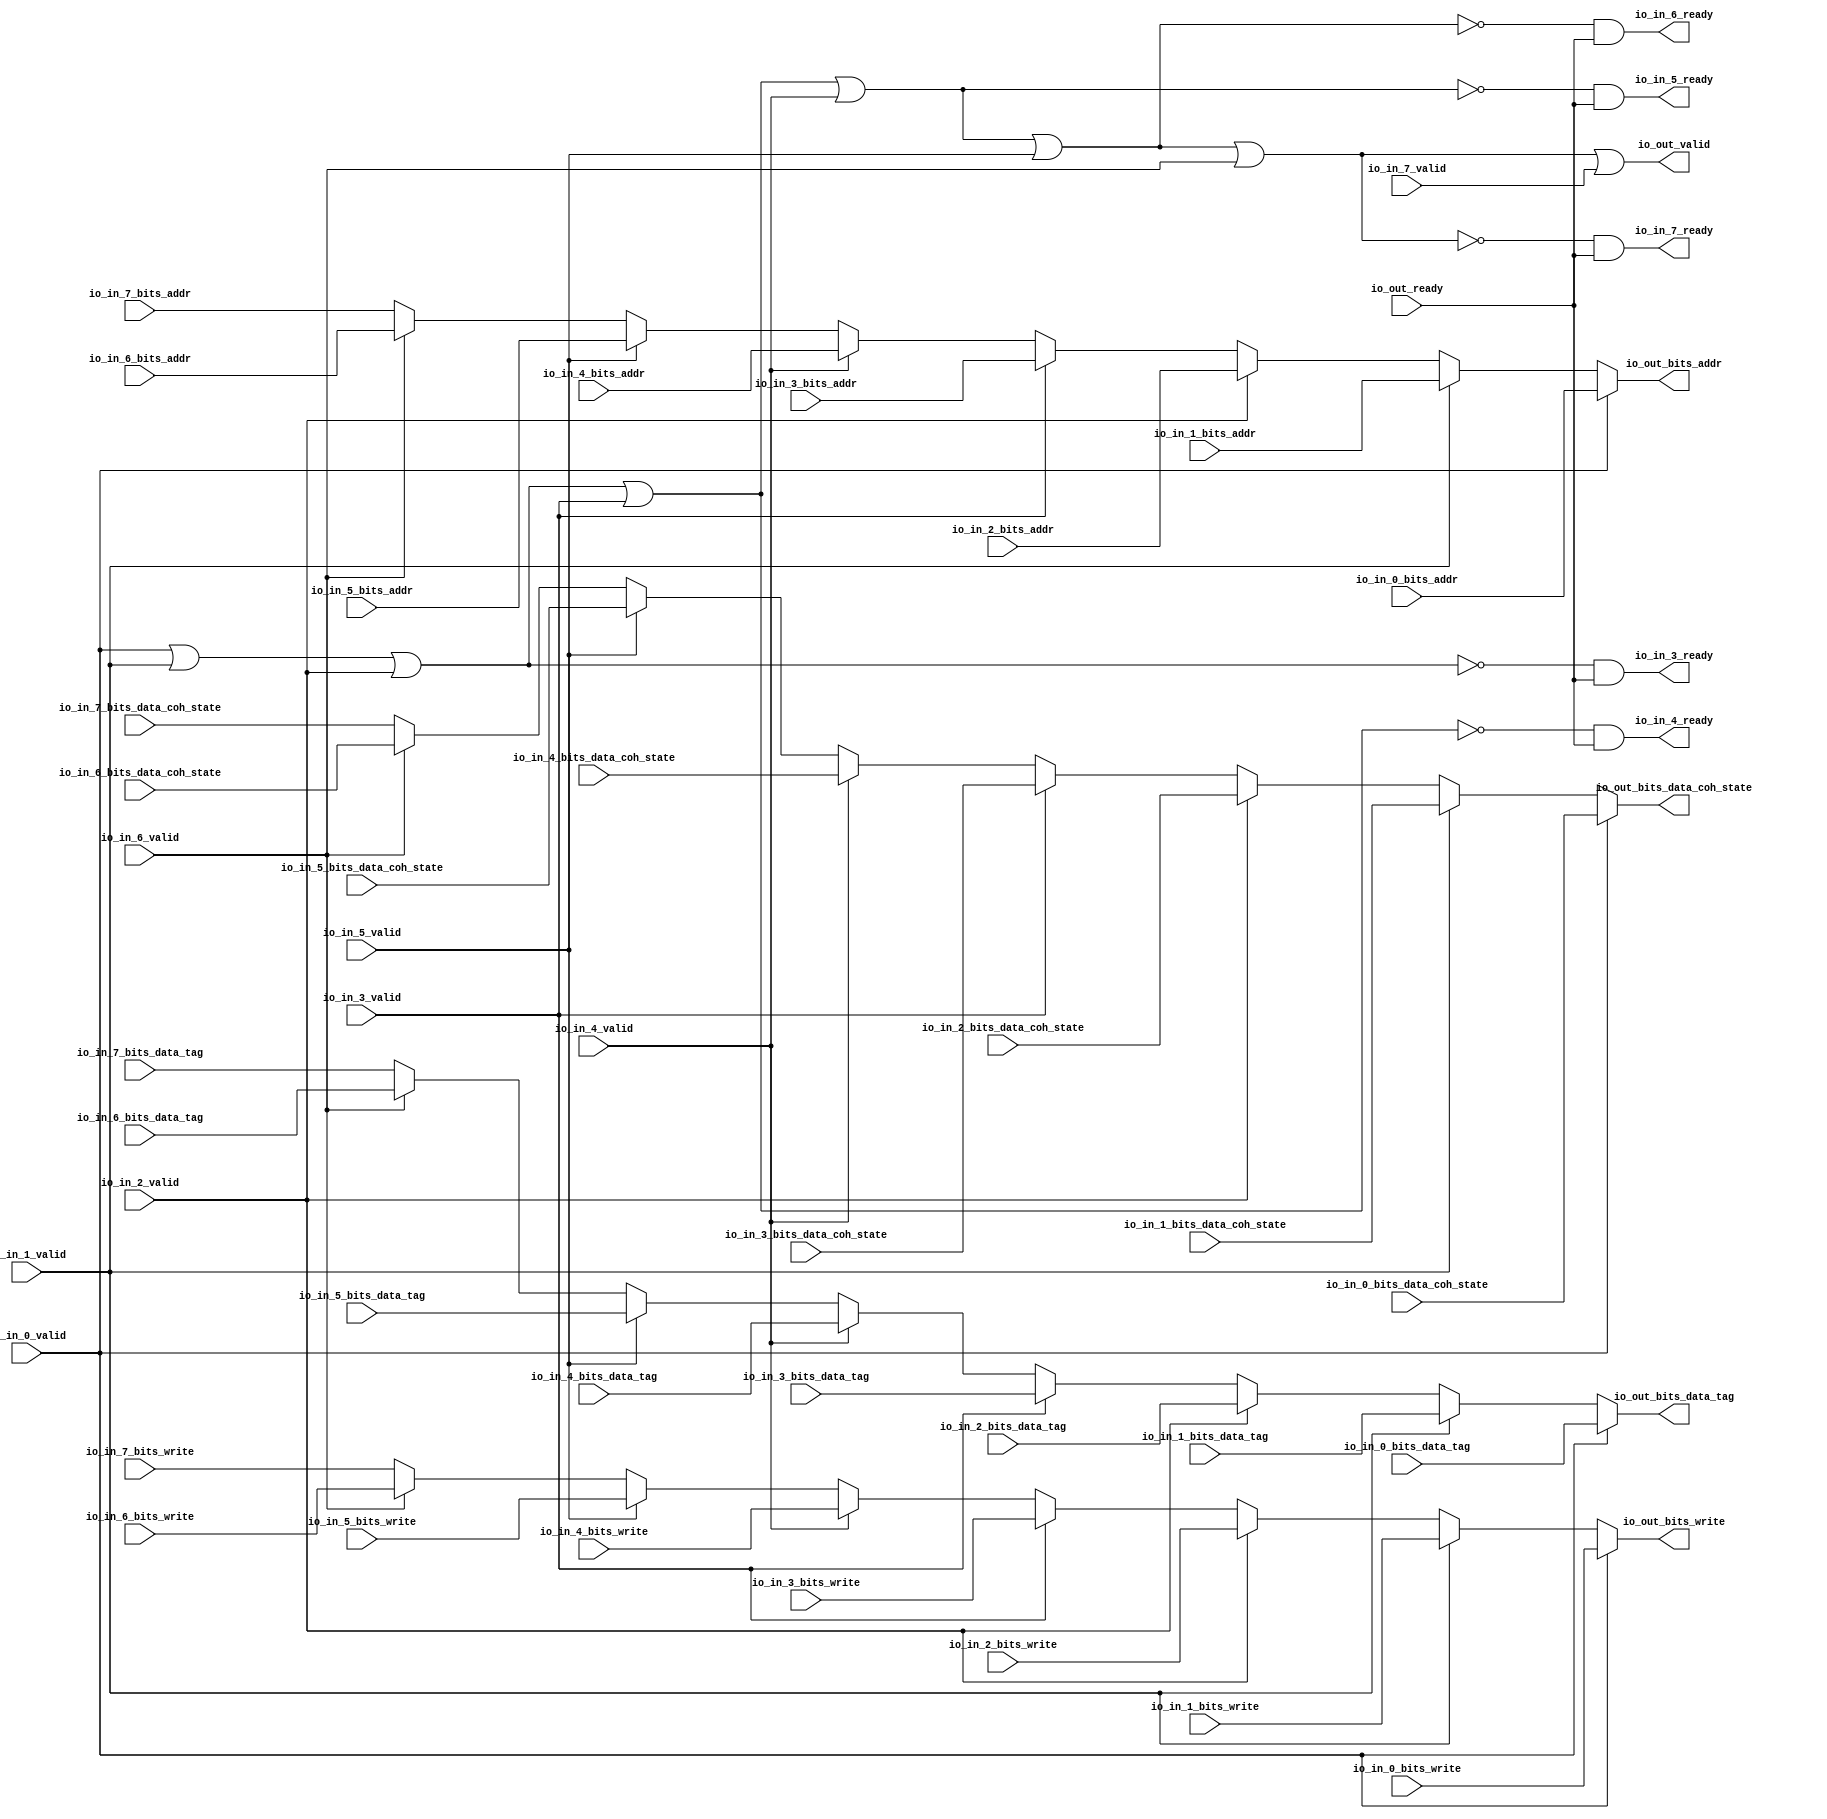
// Copyright (c) 2017, Microsemi Corporation
// All rights reserved.
//
// Redistribution and use in source and binary forms, with or without
// modification, are permitted provided that the following conditions are met:
//     * Redistributions of source code must retain the above copyright
//       notice, this list of conditions and the following disclaimer.
//     * Redistributions in binary form must reproduce the above copyright
//       notice, this list of conditions and the following disclaimer in the
//       documentation and/or other materials provided with the distribution.
//     * Neither the name of the <organization> nor the
//       names of its contributors may be used to endorse or promote products
//       derived from this software without specific prior written permission.
//
// THIS SOFTWARE IS PROVIDED BY THE COPYRIGHT HOLDERS AND CONTRIBUTORS "AS IS" AND
// ANY EXPRESS OR IMPLIED WARRANTIES, INCLUDING, BUT NOT LIMITED TO, THE IMPLIED
// WARRANTIES OF MERCHANTABILITY AND FITNESS FOR A PARTICULAR PURPOSE ARE
// DISCLAIMED. IN NO EVENT SHALL MICROSEMI CORPORATIONM BE LIABLE FOR ANY
// DIRECT, INDIRECT, INCIDENTAL, SPECIAL, EXEMPLARY, OR CONSEQUENTIAL DAMAGES
// (INCLUDING, BUT NOT LIMITED TO, PROCUREMENT OF SUBSTITUTE GOODS OR SERVICES;
// LOSS OF USE, DATA, OR PROFITS; OR BUSINESS INTERRUPTION) HOWEVER CAUSED AND
// ON ANY THEORY OF LIABILITY, WHETHER IN CONTRACT, STRICT LIABILITY, OR TORT
// (INCLUDING NEGLIGENCE OR OTHERWISE) ARISING IN ANY WAY OUT OF THE USE OF THIS
// SOFTWARE, EVEN IF ADVISED OF THE POSSIBILITY OF SUCH DAMAGE.
//
// APACHE LICENSE
// Copyright (c) 2017, Microsemi Corporation 
//
// Licensed under the Apache License, Version 2.0 (the "License");
// you may not use this file except in compliance with the License.
// You may obtain a copy of the License at
//
//    http://www.apache.org/licenses/LICENSE-2.0
//
// Unless required by applicable law or agreed to in writing, software
// distributed under the License is distributed on an "AS IS" BASIS,
// WITHOUT WARRANTIES OR CONDITIONS OF ANY KIND, either express or implied.
// See the License for the specific language governing permissions and
// limitations under the License.
//
// Description:
//
// SVN Revision Information:
// SVN $Revision: $
// SVN $Date: $
//
// Resolved SARs
// SAR      Date     Who   Description
//
// Notes:
//
// ****************************************************************************/
`define RANDOMIZE
`timescale 1ns/10ps
module PROC_SUBSYSTEM_MIV_RV32IMA_L1_AHB_0_MIV_RV32IMA_L1_AHB_ARBITER(
  input         io_in_0_valid,
  input         io_in_0_bits_write,
  input  [31:0] io_in_0_bits_addr,
  input  [1:0]  io_in_0_bits_data_coh_state,
  input  [18:0] io_in_0_bits_data_tag,
  input         io_in_1_valid,
  input         io_in_1_bits_write,
  input  [31:0] io_in_1_bits_addr,
  input  [1:0]  io_in_1_bits_data_coh_state,
  input  [18:0] io_in_1_bits_data_tag,
  input         io_in_2_valid,
  input         io_in_2_bits_write,
  input  [31:0] io_in_2_bits_addr,
  input  [1:0]  io_in_2_bits_data_coh_state,
  input  [18:0] io_in_2_bits_data_tag,
  output        io_in_3_ready,
  input         io_in_3_valid,
  input         io_in_3_bits_write,
  input  [31:0] io_in_3_bits_addr,
  input  [1:0]  io_in_3_bits_data_coh_state,
  input  [18:0] io_in_3_bits_data_tag,
  output        io_in_4_ready,
  input         io_in_4_valid,
  input         io_in_4_bits_write,
  input  [31:0] io_in_4_bits_addr,
  input  [1:0]  io_in_4_bits_data_coh_state,
  input  [18:0] io_in_4_bits_data_tag,
  output        io_in_5_ready,
  input         io_in_5_valid,
  input         io_in_5_bits_write,
  input  [31:0] io_in_5_bits_addr,
  input  [1:0]  io_in_5_bits_data_coh_state,
  input  [18:0] io_in_5_bits_data_tag,
  output        io_in_6_ready,
  input         io_in_6_valid,
  input         io_in_6_bits_write,
  input  [31:0] io_in_6_bits_addr,
  input  [1:0]  io_in_6_bits_data_coh_state,
  input  [18:0] io_in_6_bits_data_tag,
  output        io_in_7_ready,
  input         io_in_7_valid,
  input         io_in_7_bits_write,
  input  [31:0] io_in_7_bits_addr,
  input  [1:0]  io_in_7_bits_data_coh_state,
  input  [18:0] io_in_7_bits_data_tag,
  input         io_out_ready,
  output        io_out_valid,
  output        io_out_bits_write,
  output [31:0] io_out_bits_addr,
  output [1:0]  io_out_bits_data_coh_state,
  output [18:0] io_out_bits_data_tag
);
  wire  _GEN_1;
  wire [31:0] _GEN_2;
  wire [1:0] _GEN_4;
  wire [18:0] _GEN_5;
  wire  _GEN_7;
  wire [31:0] _GEN_8;
  wire [1:0] _GEN_10;
  wire [18:0] _GEN_11;
  wire  _GEN_13;
  wire [31:0] _GEN_14;
  wire [1:0] _GEN_16;
  wire [18:0] _GEN_17;
  wire  _GEN_19;
  wire [31:0] _GEN_20;
  wire [1:0] _GEN_22;
  wire [18:0] _GEN_23;
  wire  _GEN_25;
  wire [31:0] _GEN_26;
  wire [1:0] _GEN_28;
  wire [18:0] _GEN_29;
  wire  _GEN_31;
  wire [31:0] _GEN_32;
  wire [1:0] _GEN_34;
  wire [18:0] _GEN_35;
  wire  _GEN_37;
  wire [31:0] _GEN_38;
  wire [1:0] _GEN_40;
  wire [18:0] _GEN_41;
  wire  _T_112;
  wire  _T_113;
  wire  _T_114;
  wire  _T_115;
  wire  _T_116;
  wire  _T_117;
  wire  _T_123;
  wire  _T_125;
  wire  _T_127;
  wire  _T_129;
  wire  _T_131;
  wire  _T_135;
  wire  _T_136;
  wire  _T_137;
  wire  _T_138;
  wire  _T_139;
  wire  _T_141;
  wire  _T_142;
  assign io_in_3_ready = _T_135;
  assign io_in_4_ready = _T_136;
  assign io_in_5_ready = _T_137;
  assign io_in_6_ready = _T_138;
  assign io_in_7_ready = _T_139;
  assign io_out_valid = _T_142;
  assign io_out_bits_write = _GEN_37;
  assign io_out_bits_addr = _GEN_38;
  assign io_out_bits_data_coh_state = _GEN_40;
  assign io_out_bits_data_tag = _GEN_41;
  assign _GEN_1 = io_in_6_valid ? io_in_6_bits_write : io_in_7_bits_write;
  assign _GEN_2 = io_in_6_valid ? io_in_6_bits_addr : io_in_7_bits_addr;
  assign _GEN_4 = io_in_6_valid ? io_in_6_bits_data_coh_state : io_in_7_bits_data_coh_state;
  assign _GEN_5 = io_in_6_valid ? io_in_6_bits_data_tag : io_in_7_bits_data_tag;
  assign _GEN_7 = io_in_5_valid ? io_in_5_bits_write : _GEN_1;
  assign _GEN_8 = io_in_5_valid ? io_in_5_bits_addr : _GEN_2;
  assign _GEN_10 = io_in_5_valid ? io_in_5_bits_data_coh_state : _GEN_4;
  assign _GEN_11 = io_in_5_valid ? io_in_5_bits_data_tag : _GEN_5;
  assign _GEN_13 = io_in_4_valid ? io_in_4_bits_write : _GEN_7;
  assign _GEN_14 = io_in_4_valid ? io_in_4_bits_addr : _GEN_8;
  assign _GEN_16 = io_in_4_valid ? io_in_4_bits_data_coh_state : _GEN_10;
  assign _GEN_17 = io_in_4_valid ? io_in_4_bits_data_tag : _GEN_11;
  assign _GEN_19 = io_in_3_valid ? io_in_3_bits_write : _GEN_13;
  assign _GEN_20 = io_in_3_valid ? io_in_3_bits_addr : _GEN_14;
  assign _GEN_22 = io_in_3_valid ? io_in_3_bits_data_coh_state : _GEN_16;
  assign _GEN_23 = io_in_3_valid ? io_in_3_bits_data_tag : _GEN_17;
  assign _GEN_25 = io_in_2_valid ? io_in_2_bits_write : _GEN_19;
  assign _GEN_26 = io_in_2_valid ? io_in_2_bits_addr : _GEN_20;
  assign _GEN_28 = io_in_2_valid ? io_in_2_bits_data_coh_state : _GEN_22;
  assign _GEN_29 = io_in_2_valid ? io_in_2_bits_data_tag : _GEN_23;
  assign _GEN_31 = io_in_1_valid ? io_in_1_bits_write : _GEN_25;
  assign _GEN_32 = io_in_1_valid ? io_in_1_bits_addr : _GEN_26;
  assign _GEN_34 = io_in_1_valid ? io_in_1_bits_data_coh_state : _GEN_28;
  assign _GEN_35 = io_in_1_valid ? io_in_1_bits_data_tag : _GEN_29;
  assign _GEN_37 = io_in_0_valid ? io_in_0_bits_write : _GEN_31;
  assign _GEN_38 = io_in_0_valid ? io_in_0_bits_addr : _GEN_32;
  assign _GEN_40 = io_in_0_valid ? io_in_0_bits_data_coh_state : _GEN_34;
  assign _GEN_41 = io_in_0_valid ? io_in_0_bits_data_tag : _GEN_35;
  assign _T_112 = io_in_0_valid | io_in_1_valid;
  assign _T_113 = _T_112 | io_in_2_valid;
  assign _T_114 = _T_113 | io_in_3_valid;
  assign _T_115 = _T_114 | io_in_4_valid;
  assign _T_116 = _T_115 | io_in_5_valid;
  assign _T_117 = _T_116 | io_in_6_valid;
  assign _T_123 = _T_113 == 1'h0;
  assign _T_125 = _T_114 == 1'h0;
  assign _T_127 = _T_115 == 1'h0;
  assign _T_129 = _T_116 == 1'h0;
  assign _T_131 = _T_117 == 1'h0;
  assign _T_135 = _T_123 & io_out_ready;
  assign _T_136 = _T_125 & io_out_ready;
  assign _T_137 = _T_127 & io_out_ready;
  assign _T_138 = _T_129 & io_out_ready;
  assign _T_139 = _T_131 & io_out_ready;
  assign _T_141 = _T_131 == 1'h0;
  assign _T_142 = _T_141 | io_in_7_valid;
endmodule